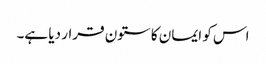
اس کو ایمان کا ستون قرار دیا ہے۔